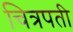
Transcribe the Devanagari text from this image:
चित्रपती